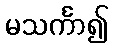
မသင်္ကာ၍